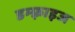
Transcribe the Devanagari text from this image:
डम्फ़्राइज